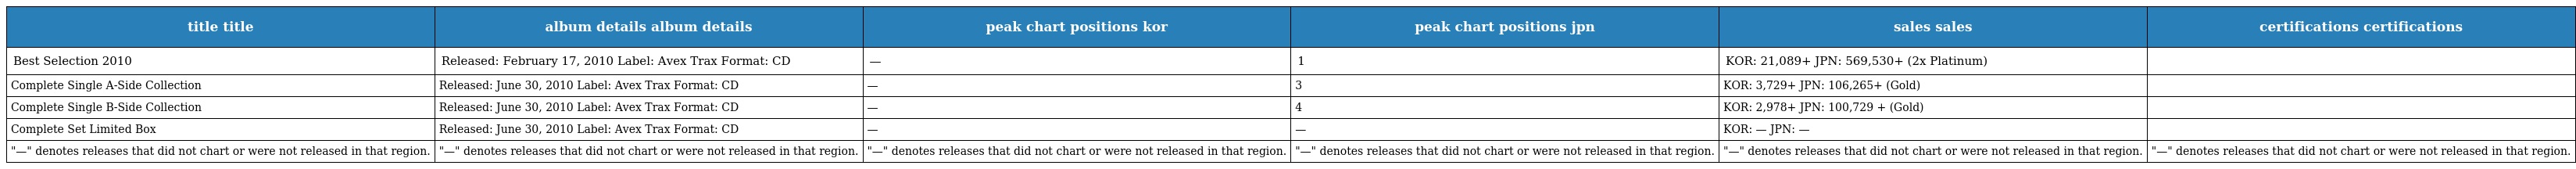
| title title | album details album details | peak chart positions kor | peak chart positions jpn | sales sales | certifications certifications |
 | --- | --- | --- | --- | --- | --- |
 | Best Selection 2010 | Released: February 17, 2010 Label: Avex Trax Format: CD | — | 1 | KOR: 21,089+ JPN: 569,530+ (2x Platinum) |  |
 | Complete Single A-Side Collection | Released: June 30, 2010 Label: Avex Trax Format: CD | — | 3 | KOR: 3,729+ JPN: 106,265+ (Gold) |  |
 | Complete Single B-Side Collection | Released: June 30, 2010 Label: Avex Trax Format: CD | — | 4 | KOR: 2,978+ JPN: 100,729 + (Gold) |  |
 | Complete Set Limited Box | Released: June 30, 2010 Label: Avex Trax Format: CD | — | — | KOR: — JPN: — |  |
 | "—" denotes releases that did not chart or were not released in that region. | "—" denotes releases that did not chart or were not released in that region. | "—" denotes releases that did not chart or were not released in that region. | "—" denotes releases that did not chart or were not released in that region. | "—" denotes releases that did not chart or were not released in that region. | "—" denotes releases that did not chart or were not released in that region. |